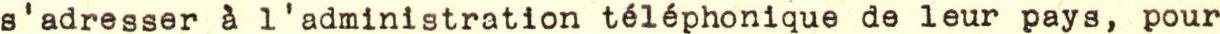
s'adresser à l'administration téléphonique de leur pays, pour